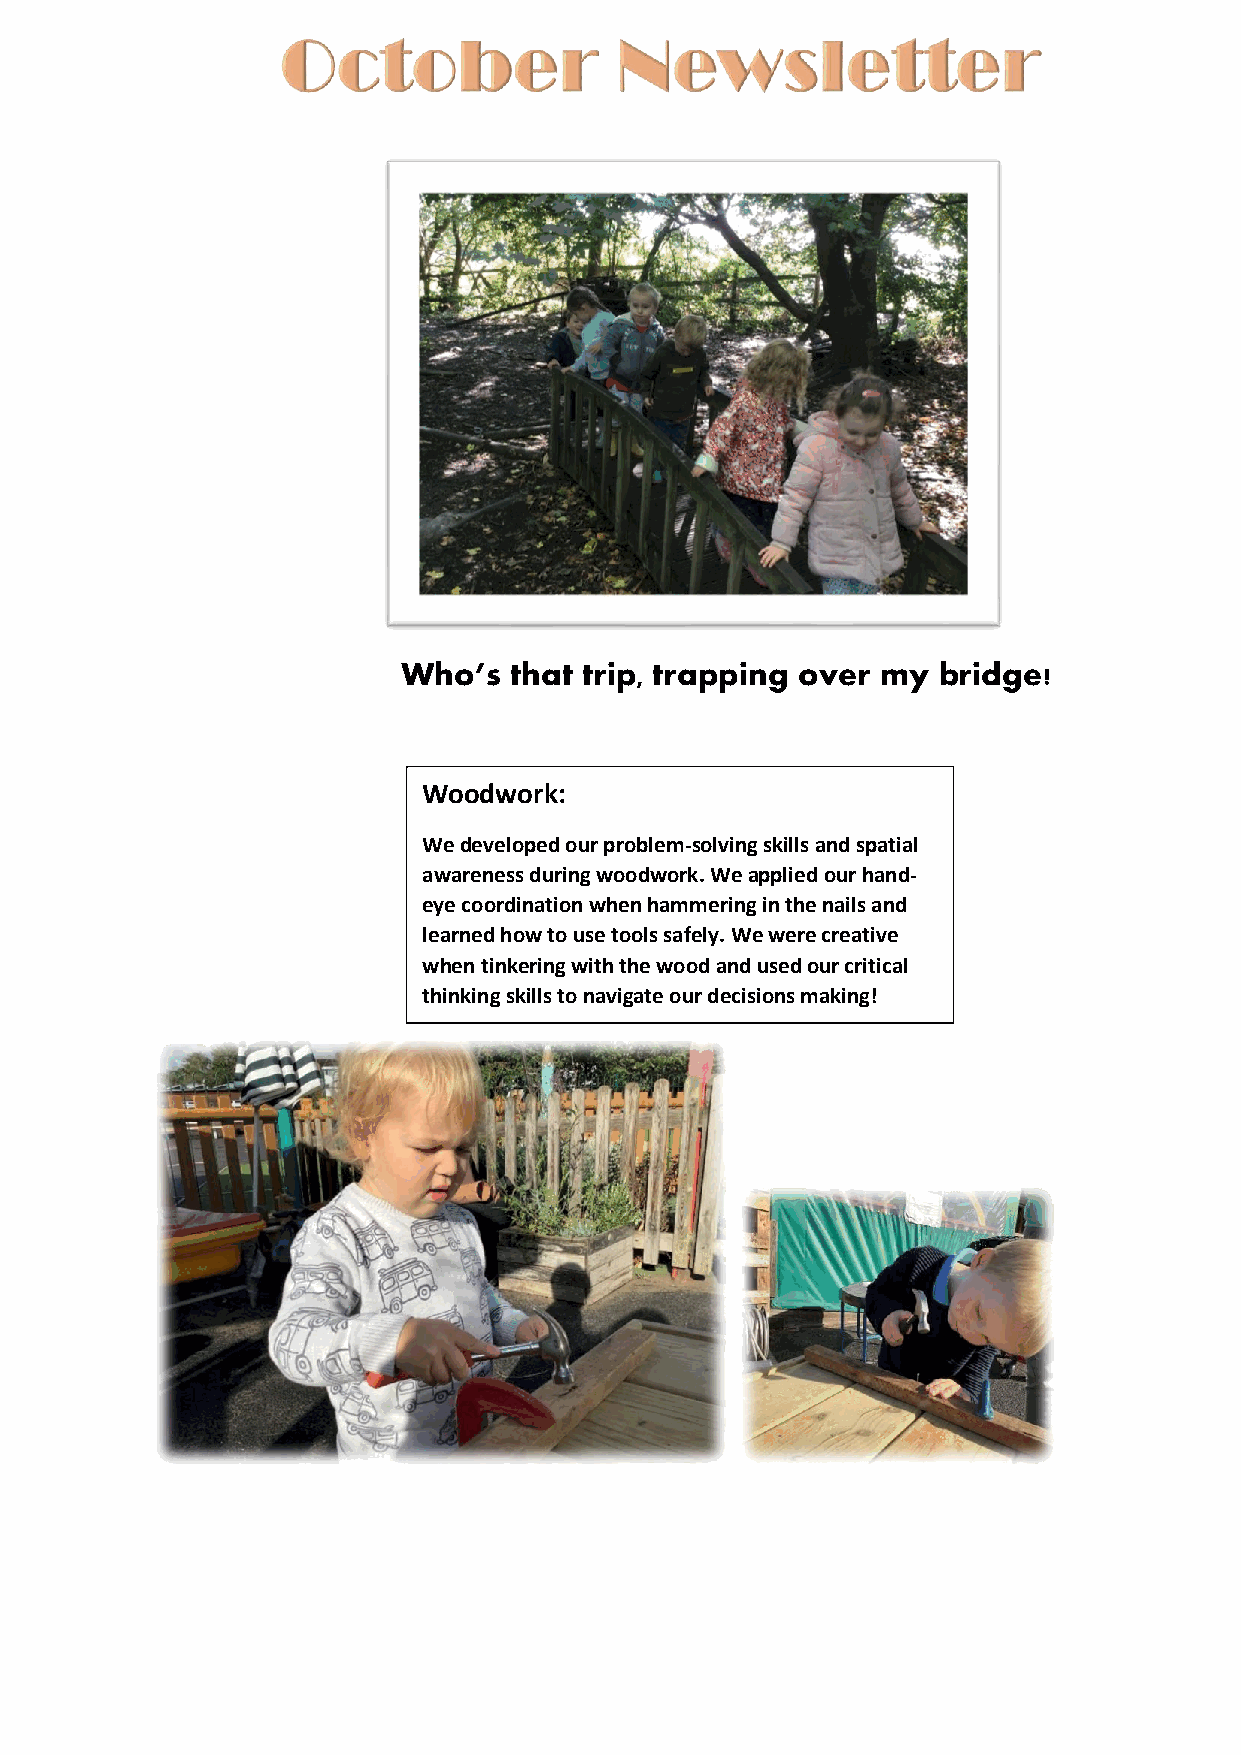
Who’s  that trip, trapping over my bridge!
 Woodwork:
 We developed our problem-solving skills and spatial
 awareness during woodwork. We applied our hand-
 eye coordination when hammering in the nails and
 learned how to use tools safely. We were creative
 when tinkering with the wood and used our critical
 thinking skills to navigate our decisions making!